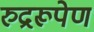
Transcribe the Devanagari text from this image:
रुद्ररूपेण